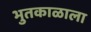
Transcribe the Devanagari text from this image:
भुतकाळाला